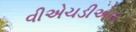
વીએચડીએલ